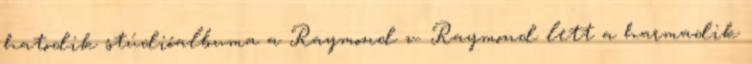
hatodik stúdióalbuma a Raymond v. Raymond lett a harmadik